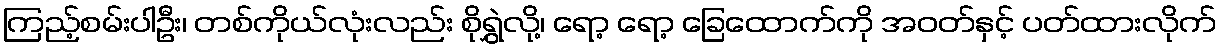
ကြည့်စမ်းပါဦး၊ တစ်ကိုယ်လုံးလည်း စိုရွှဲလို့၊ ရော့ ရော့ ခြေထောက်ကို အဝတ်နှင့် ပတ်ထားလိုက်